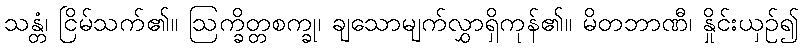
သန္တံ၊ ငြိမ်သက်၏။ ဩက္ခိတ္တစက္ခု၊ ချသောမျက်လွှာရှိကုန်၏။ မိတဘာဏီ၊ နှိုင်းယှဉ်၍